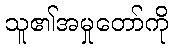
သူ၏အမှုတော်ကို